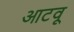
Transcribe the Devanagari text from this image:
आटवू